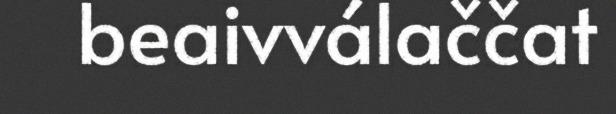
beaivválaččat